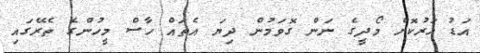
އަޑު ހަރުކޮށް މޯދީގެ ނަން ގޮވަމުން ދިޔަ އެތައް ހާސް މީހުންގެ ތެރޭގައި